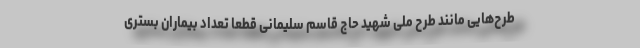
طرح‌هایی مانند طرح ملی شهید حاج قاسم سلیمانی قطعا تعداد بیماران بستری